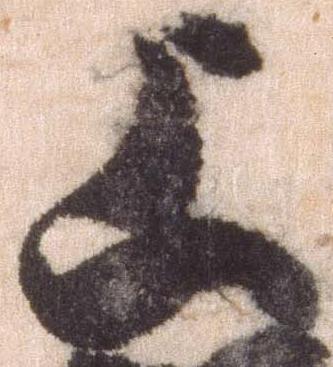
上